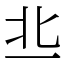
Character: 丠